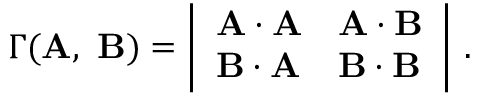
\Gamma ( \mathbf { A } , \ \mathbf { B } ) = { \left| \begin{array} { l l } { \mathbf { A \cdot A } } & { \mathbf { A \cdot B } } \\ { \mathbf { B \cdot A } } & { \mathbf { B \cdot B } } \end{array} \right| } \ .